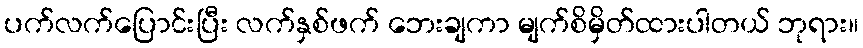
ပက်လက်ပြောင်းပြီး လက်နှစ်ဖက် ဘေးချကာ မျက်စိမှိတ်ထားပါတယ် ဘုရား။